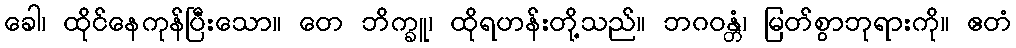
ခေါ၊ ထိုင်နေကုန်ပြီးသော။ တေ ဘိက္ခူ၊ ထိုရဟန်းတို့သည်။ ဘဂဝန္တံ၊ မြတ်စွာဘုရားကို။ ဧတံ